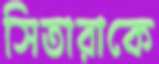
সিতারাকে